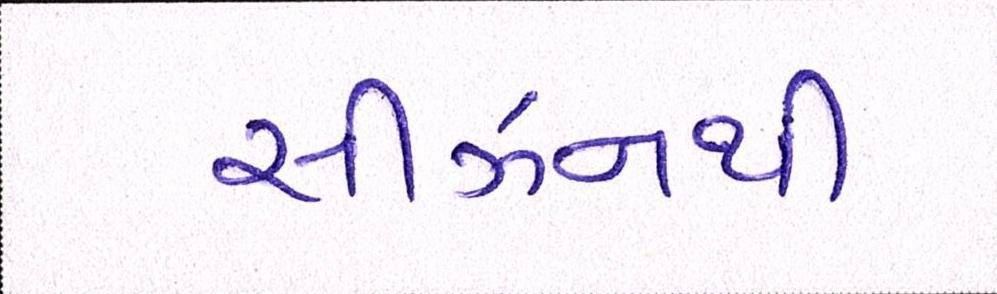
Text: સીઝનથી